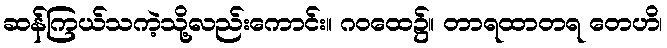
ဆန်ကြယ်သကဲ့သို့လည်းကောင်း။ ဂဝထေ၌။ တာရထာတရ တေဟိ၊